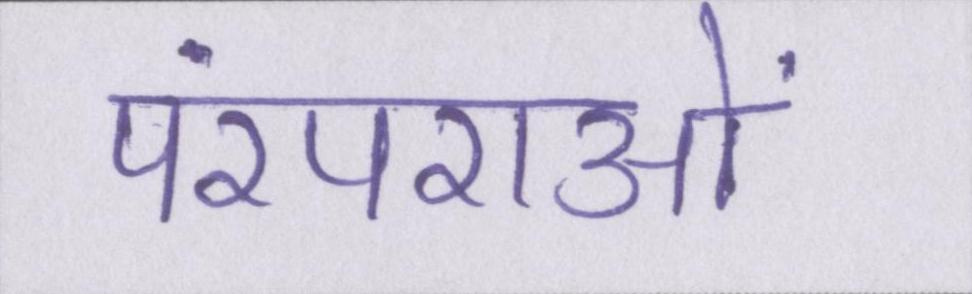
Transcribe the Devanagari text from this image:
परंपराओं